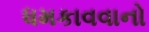
ધમકાવવાનો